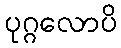
ပုဂ္ဂလောပိ